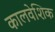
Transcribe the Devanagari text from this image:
कालवेशिक